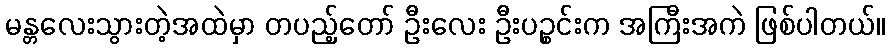
မန္တလေးသွားတဲ့အထဲမှာ တပည့်တော် ဦးလေး ဦးပဉ္စင်းက အကြီးအကဲ ဖြစ်ပါတယ်။